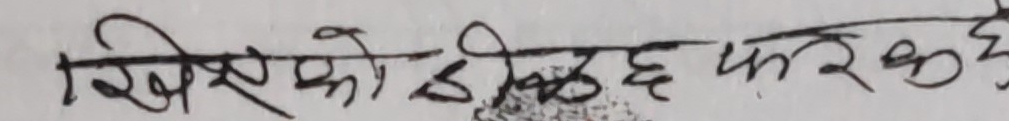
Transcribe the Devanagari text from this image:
खिचिएको हिक छ फरकदे